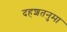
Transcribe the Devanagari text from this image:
दहशतनुमा